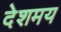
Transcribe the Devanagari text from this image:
देशमय